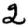
Digit: 2